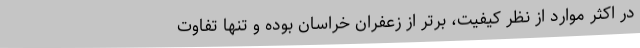
در اکثر موارد از نظر کیفیت، برتر از زعفران خراسان بوده و تنها تفاوت